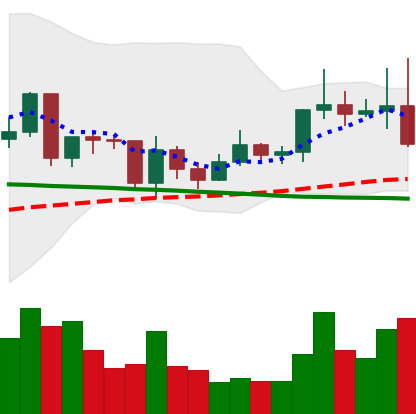
Ticker: ETC-USD
Chart end date: 2020-12-21
Forward return: -4.987%
Label: down_3_5